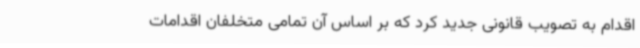
اقدام به تصویب قانونی جدید کرد که بر اساس آن تمامی متخلفان اقدامات